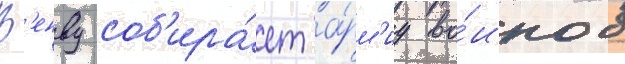
В'енву соб'ира́ет а́рм'иу во́инов